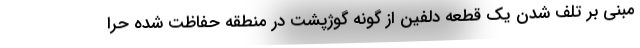
مبنی بر تلف شدن یک قطعه دلفین از گونه گوژپشت در منطقه حفاظت شده حرا